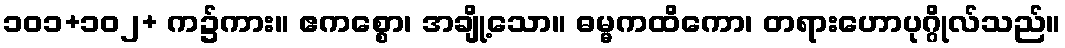
၁၀၁+၁၀၂+ က၌ကား။ ဧကစ္စော၊ အချို့သော။ ဓမ္မကထိကော၊ တရားဟောပုဂ္ဂိုလ်သည်။